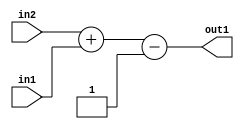
`timescale 1ps / 1ps
/*****************************************************************************
    Verilog RTL Description
    
    
    Created by: Stratus DpOpt 2019.1.01 
*******************************************************************************/

module st_feature_addr_gen_Subi1Add2u8u16_4 (
	in2,
	in1,
	out1
	); /* architecture "behavioural" */ 
input [15:0] in2;
input [7:0] in1;
output [17:0] out1;
wire [17:0] asc001;

wire [17:0] asc001_tmp_0;
assign asc001_tmp_0 = 
	+(in2)
	+(in1);
assign asc001 = asc001_tmp_0
	-(18'B000000000000000001);

assign out1 = asc001;
endmodule

/* CADENCE  uLLyTAg= : u9/ySgnWtBlWxVPRXgAZ4Og= ** DO NOT EDIT THIS LINE ******/